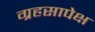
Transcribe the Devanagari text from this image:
ग्रहसापेक्ष